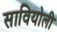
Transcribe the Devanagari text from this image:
सावियोली